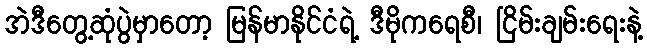
အဲဒီတွေ့ဆုံပွဲမှာတော့ မြန်မာနိုင်ငံရဲ့ ဒီမိုကရေစီ၊ ငြိမ်းချမ်းရေးနဲ့